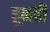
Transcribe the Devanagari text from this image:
हूनही